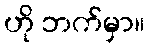
ဟို ဘက်မှာ။